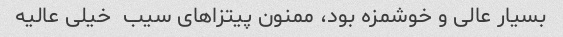
بسیار عالی و خوشمزه بود، ممنون پیتزاهای سیب  خیلی عالیه